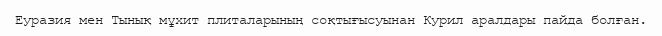
Еуразия мен Тынық мұхит плиталарының соқтығысуынан Курил аралдары пайда болған.